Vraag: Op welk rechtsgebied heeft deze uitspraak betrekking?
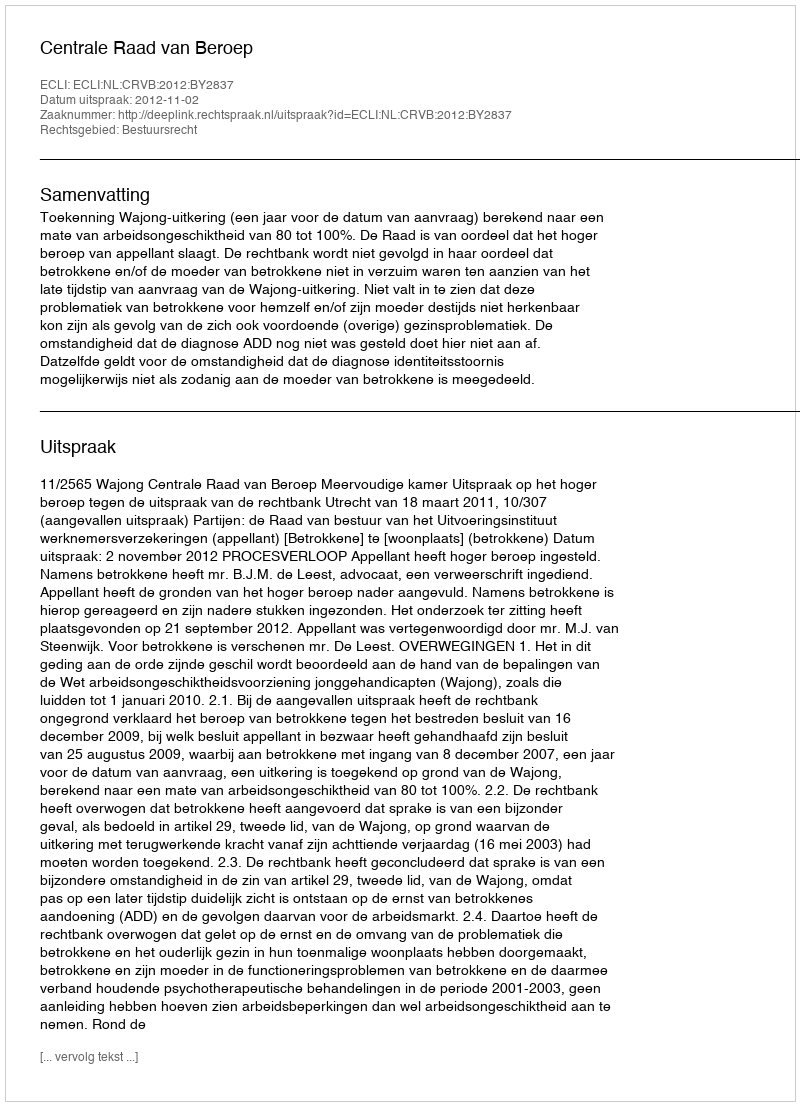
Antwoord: Bestuursrecht